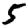
Digit: 5